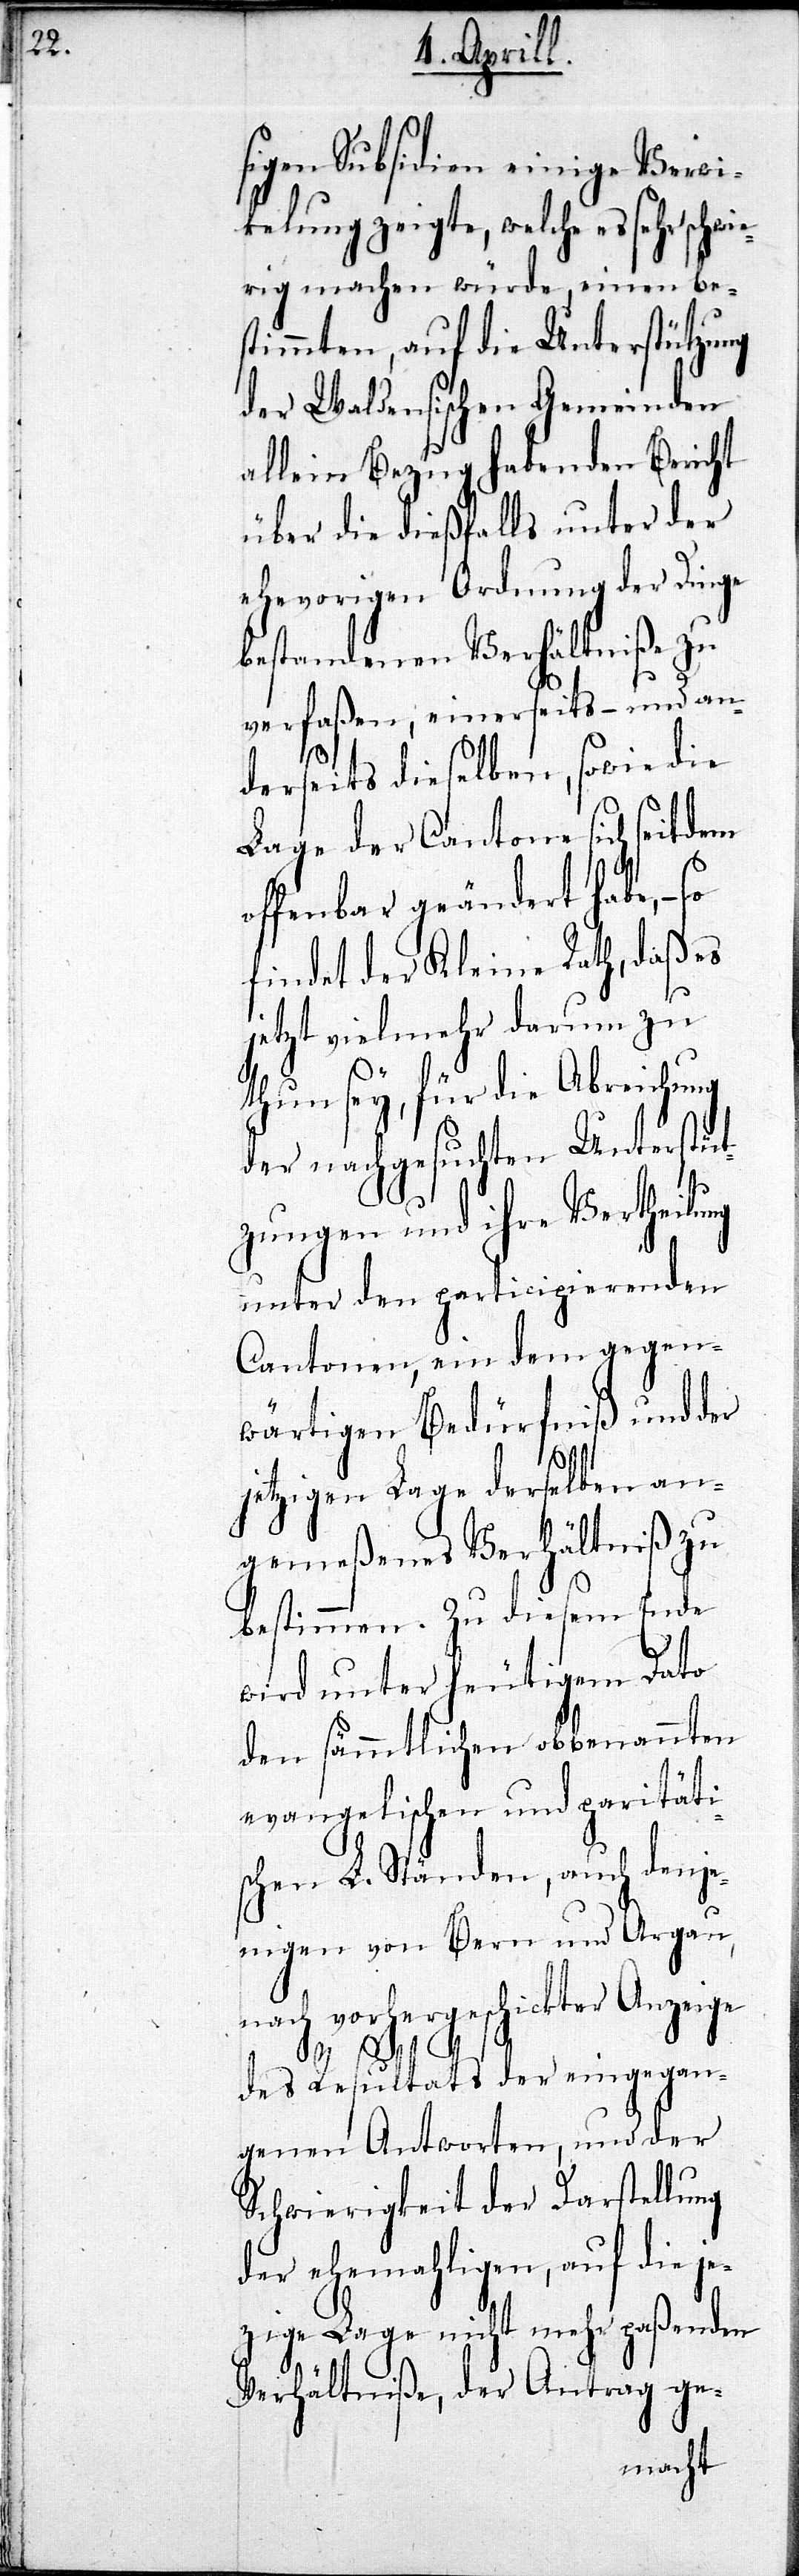
ng
sigen Subsidien einige Verwi¬
kelung zeigte, welche es sehr sch¬
wierig machen würde, einen be¬
stimmten, auf die Unterstützung
der Waldensischen Gemeinden
allein Bezug habenden Bericht
über die dießfalls unter der
ehevorigen Ordnung der Dinge
bestandenen Verhältniße zu
verfaßen, einerseits – und an¬
derseits dieselben, sowie die
Lage der Cantone sich seitdem
offenbar geändert habe,– so
findet der Kleine Rath, daß es
jetzt vielmehr darum zu
thun sey, für die Abreichung
der nachgesuchten Unterstüt¬
zungen und ihre Vertheilu¬
unter den participierenden
Cantonen, ein dem gegen¬
wärtigen Bedürfniß und der
jetzigen Lage derselben an¬
gemeßenes Verhältniß zu
bestimmen. Zu diesem Ende
wird unter heutigem Dato
den sämmtlichen obbenannten
evangelischen und paritäti¬
schen L. Ständen, auch denje¬
nigen von Bern und Argau,
nach vorhergeschickter Anzeige
des Resultats der eingegan¬
genen Antworten, und der
Schwierigkeit der Darstellung
der ehemahligen, auf die je¬
zige Lage nicht mehr paßenden
Verhältniße, der Antrag ge-